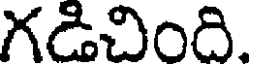
గడిచింది.